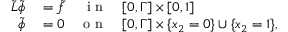
\begin{array} { r l r l } { \tilde { L } \tilde { \phi } } & { { } = \tilde { f } } & { \textnormal { i n } } & { { } [ 0 , \Gamma ] \times [ 0 , 1 ] } \\ { \tilde { \phi } } & { { } = 0 } & { \textnormal { o n } } & { { } [ 0 , \Gamma ] \times \lbrace x _ { 2 } = 0 \rbrace \cup \lbrace x _ { 2 } = 1 \rbrace , } \end{array}